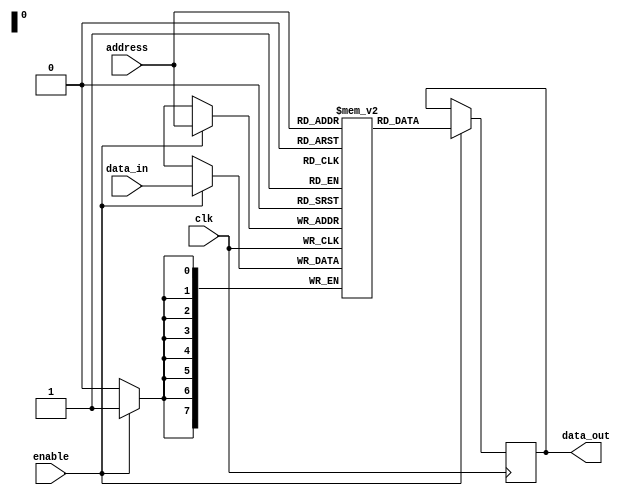
module memory_block (
    input wire clk,         // Global clock signal
    input wire enable,      // Enable signal for clock gating
    input wire [7:0] data_in, // Data input for the memory block
    input wire [7:0] address, // Address for the memory block
    output reg [7:0] data_out // Data output from the memory block
);

    reg [7:0] memory [0:255]; // Simple memory array (256 x 8-bit)

    always @(posedge clk) begin
        if (enable) begin
            // Memory operation (read/write) when enabled
            // Example: Write data when address is valid (for simplicity)
            memory[address] <= data_in;
            data_out <= memory[address]; // Read back the data
        end
        else begin
            // Maintain current output when disabled
            data_out <= data_out; // Retain output
        end
    end

endmodule